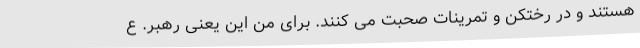
هستند و در رختکن و تمرینات صحبت می کنند. برای من این یعنی رهبر. ع